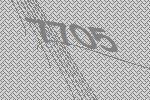
7705